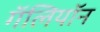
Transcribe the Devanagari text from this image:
गॅलियॉन